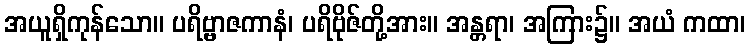
အယူရှိကုန်သော။ ပရိဗ္ဗာဇကာနံ၊ ပရိဗိုဇ်တို့အား။ အန္တရာ၊ အကြား၌။ အယံ ကထာ၊